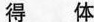
得 体